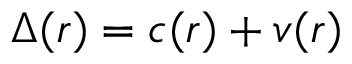
\Delta ( r ) = c ( r ) + v ( r )